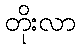
တိုးလာ